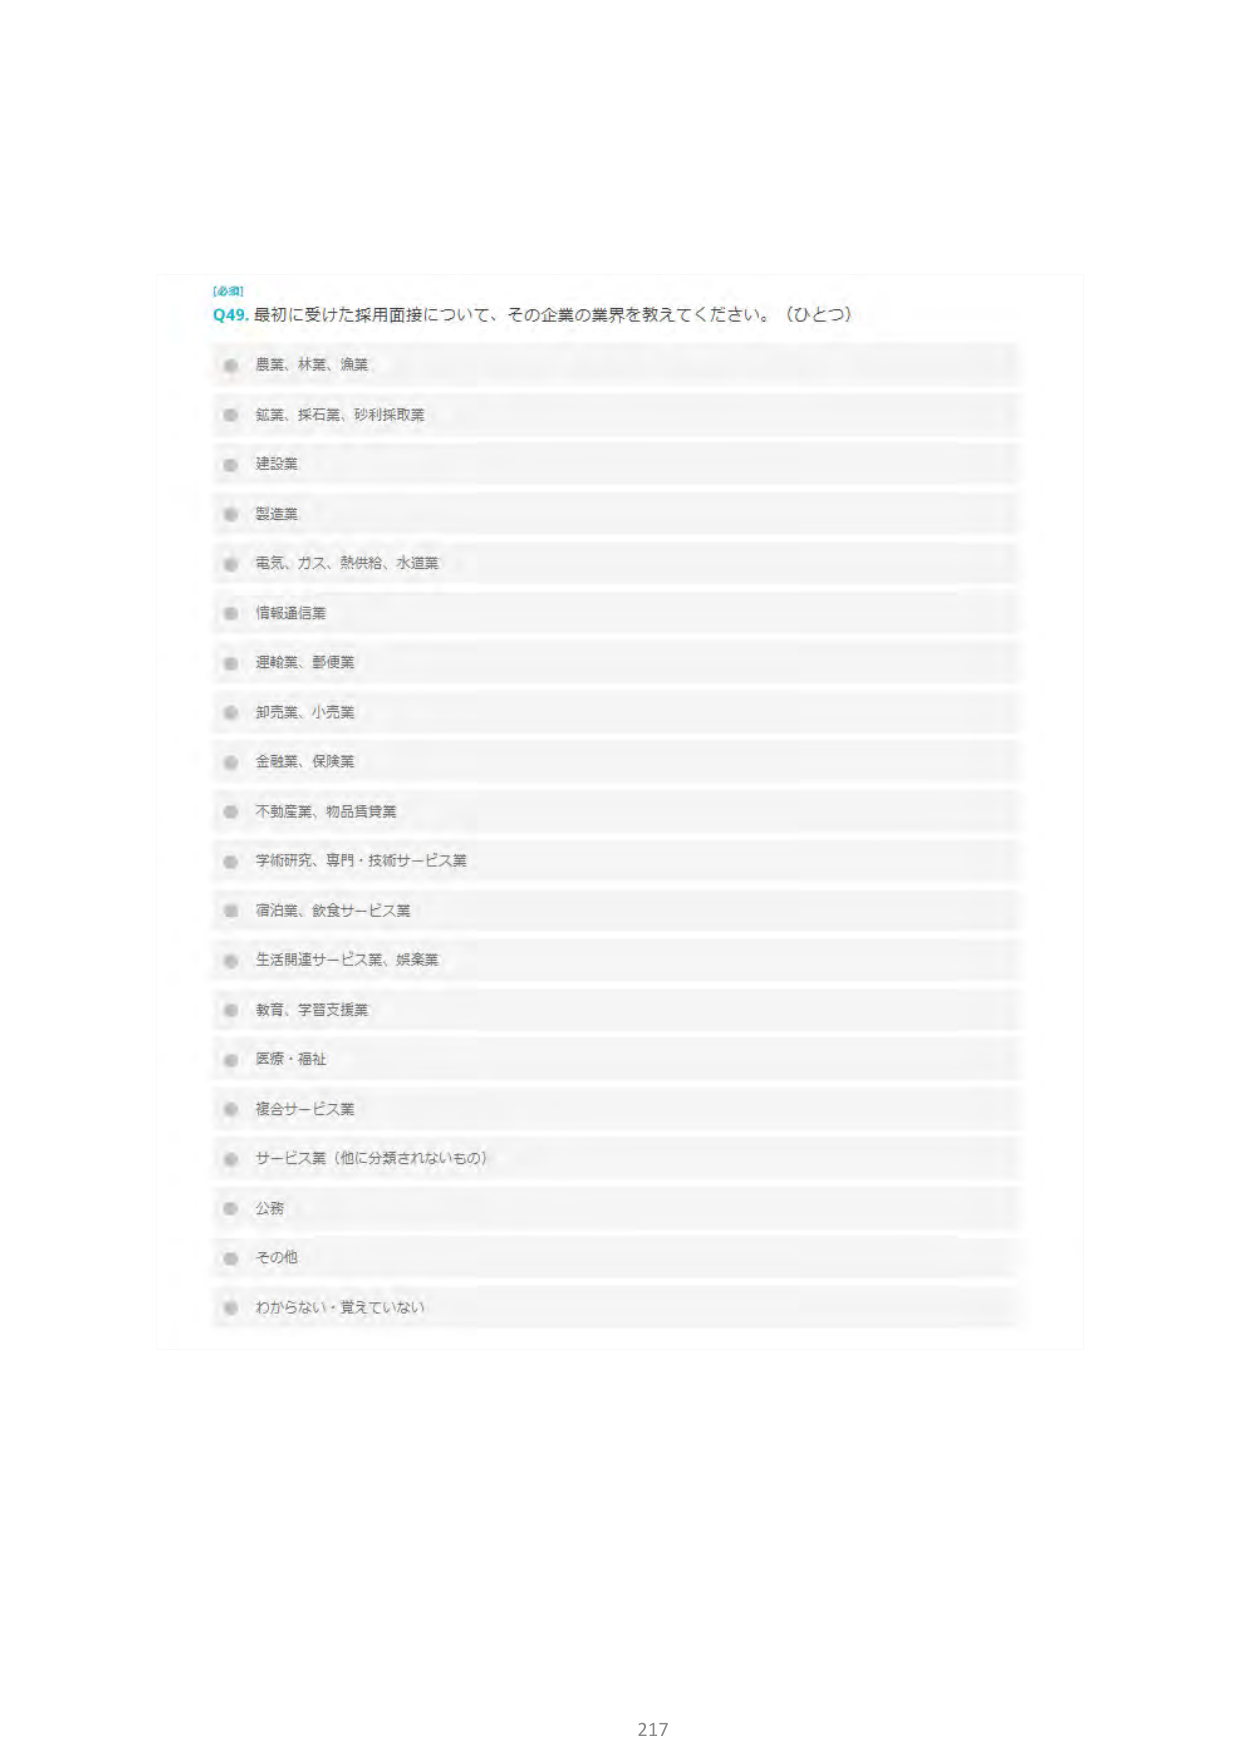
【必須】
Q49. 最初に受けた採用面接について、その企業の業界を教えてください。（ひとつ）
農業、林業、漁業
鉱業、採石業、砂利採取業
建設業
製造業
電気、ガス、熱供給、水道業
情報通信業
運輸業、郵便業
卸売業、小売業
金融業、保険業
不動産業、物品賃貸業
学術研究、専門・技術サービス業
宿泊業、飲食サービス業
生活関連サービス業、娯楽業
教育、学習支援業
医療・福祉
複合サービス業
サービス業（他に分類されないもの）
公務
その他
わからない・覚えていない
217